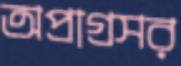
অপ্রাগ্রসর